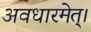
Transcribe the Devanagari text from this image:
अवधारमेत्।